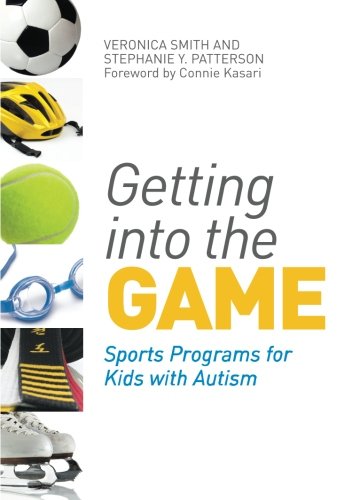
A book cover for Getting into the Game: Sports Programs for Kids with Autism; Stephanie Patterson; Sports & Outdoors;